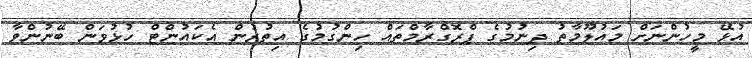
އުޅޭ މީހުންނަށް މައުލޫމާތު ދިނުމުގެ ޕްރޮގްރާމްތައް ހިންގުމުގެ އިތުރުން އެކައުންޓް ހުޅުވަން ބޭނުންވާ